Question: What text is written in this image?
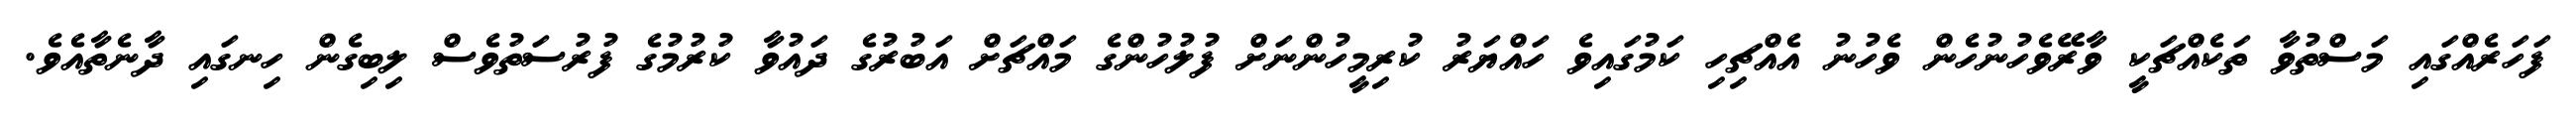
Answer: ފަހަރެއްގައި މަސްތުވާ ތަކެއްޗަކީ ވާރޭވެހުނުހެން ވެހުނު އެއްޗިހި ކަމުގައިވެ ހައްޔަރު ކުރިމީހުންނަށް ފުލުހުންގެ މައްޗަށް އަބުރުގެ ދައުވާ ކުރުމުގެ ފުރުސަތުވެސް ލިބިގެން ހިނގައި ދާނެތާއެވެ.